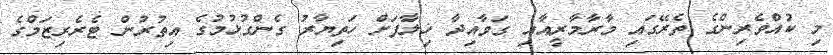
މި ކުއްވެރިންގެ ތެރޭގައި މާރާމާރީއާއި ގަވާއިދާ ޚިލާފަށް ހަތިޔާރު ގެންގުޅުމުގެ އިތުރުން ޓެރެރިޒަމްގެ